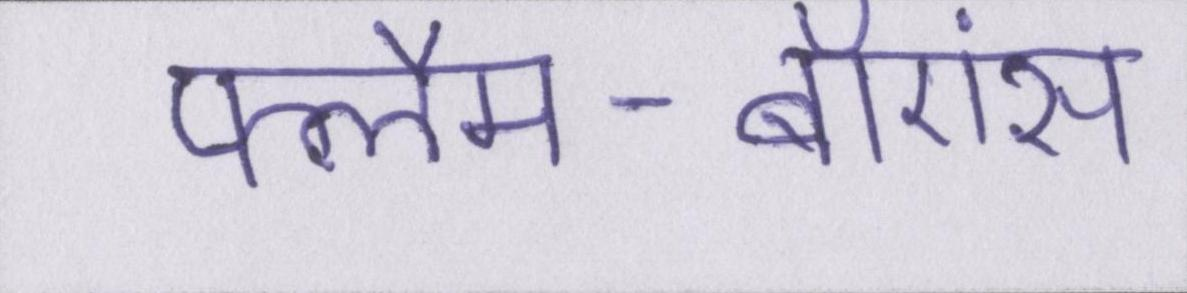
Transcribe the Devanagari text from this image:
फ्लैम-बॉएंस